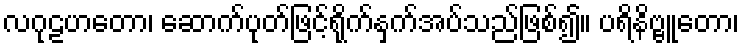
လဂုဠဟတော၊ ဆောက်ပုတ်ဖြင့်ရိုက်နှက်အပ်သည်ဖြစ်၍။ ပရိနိဗ္ဗူတော၊